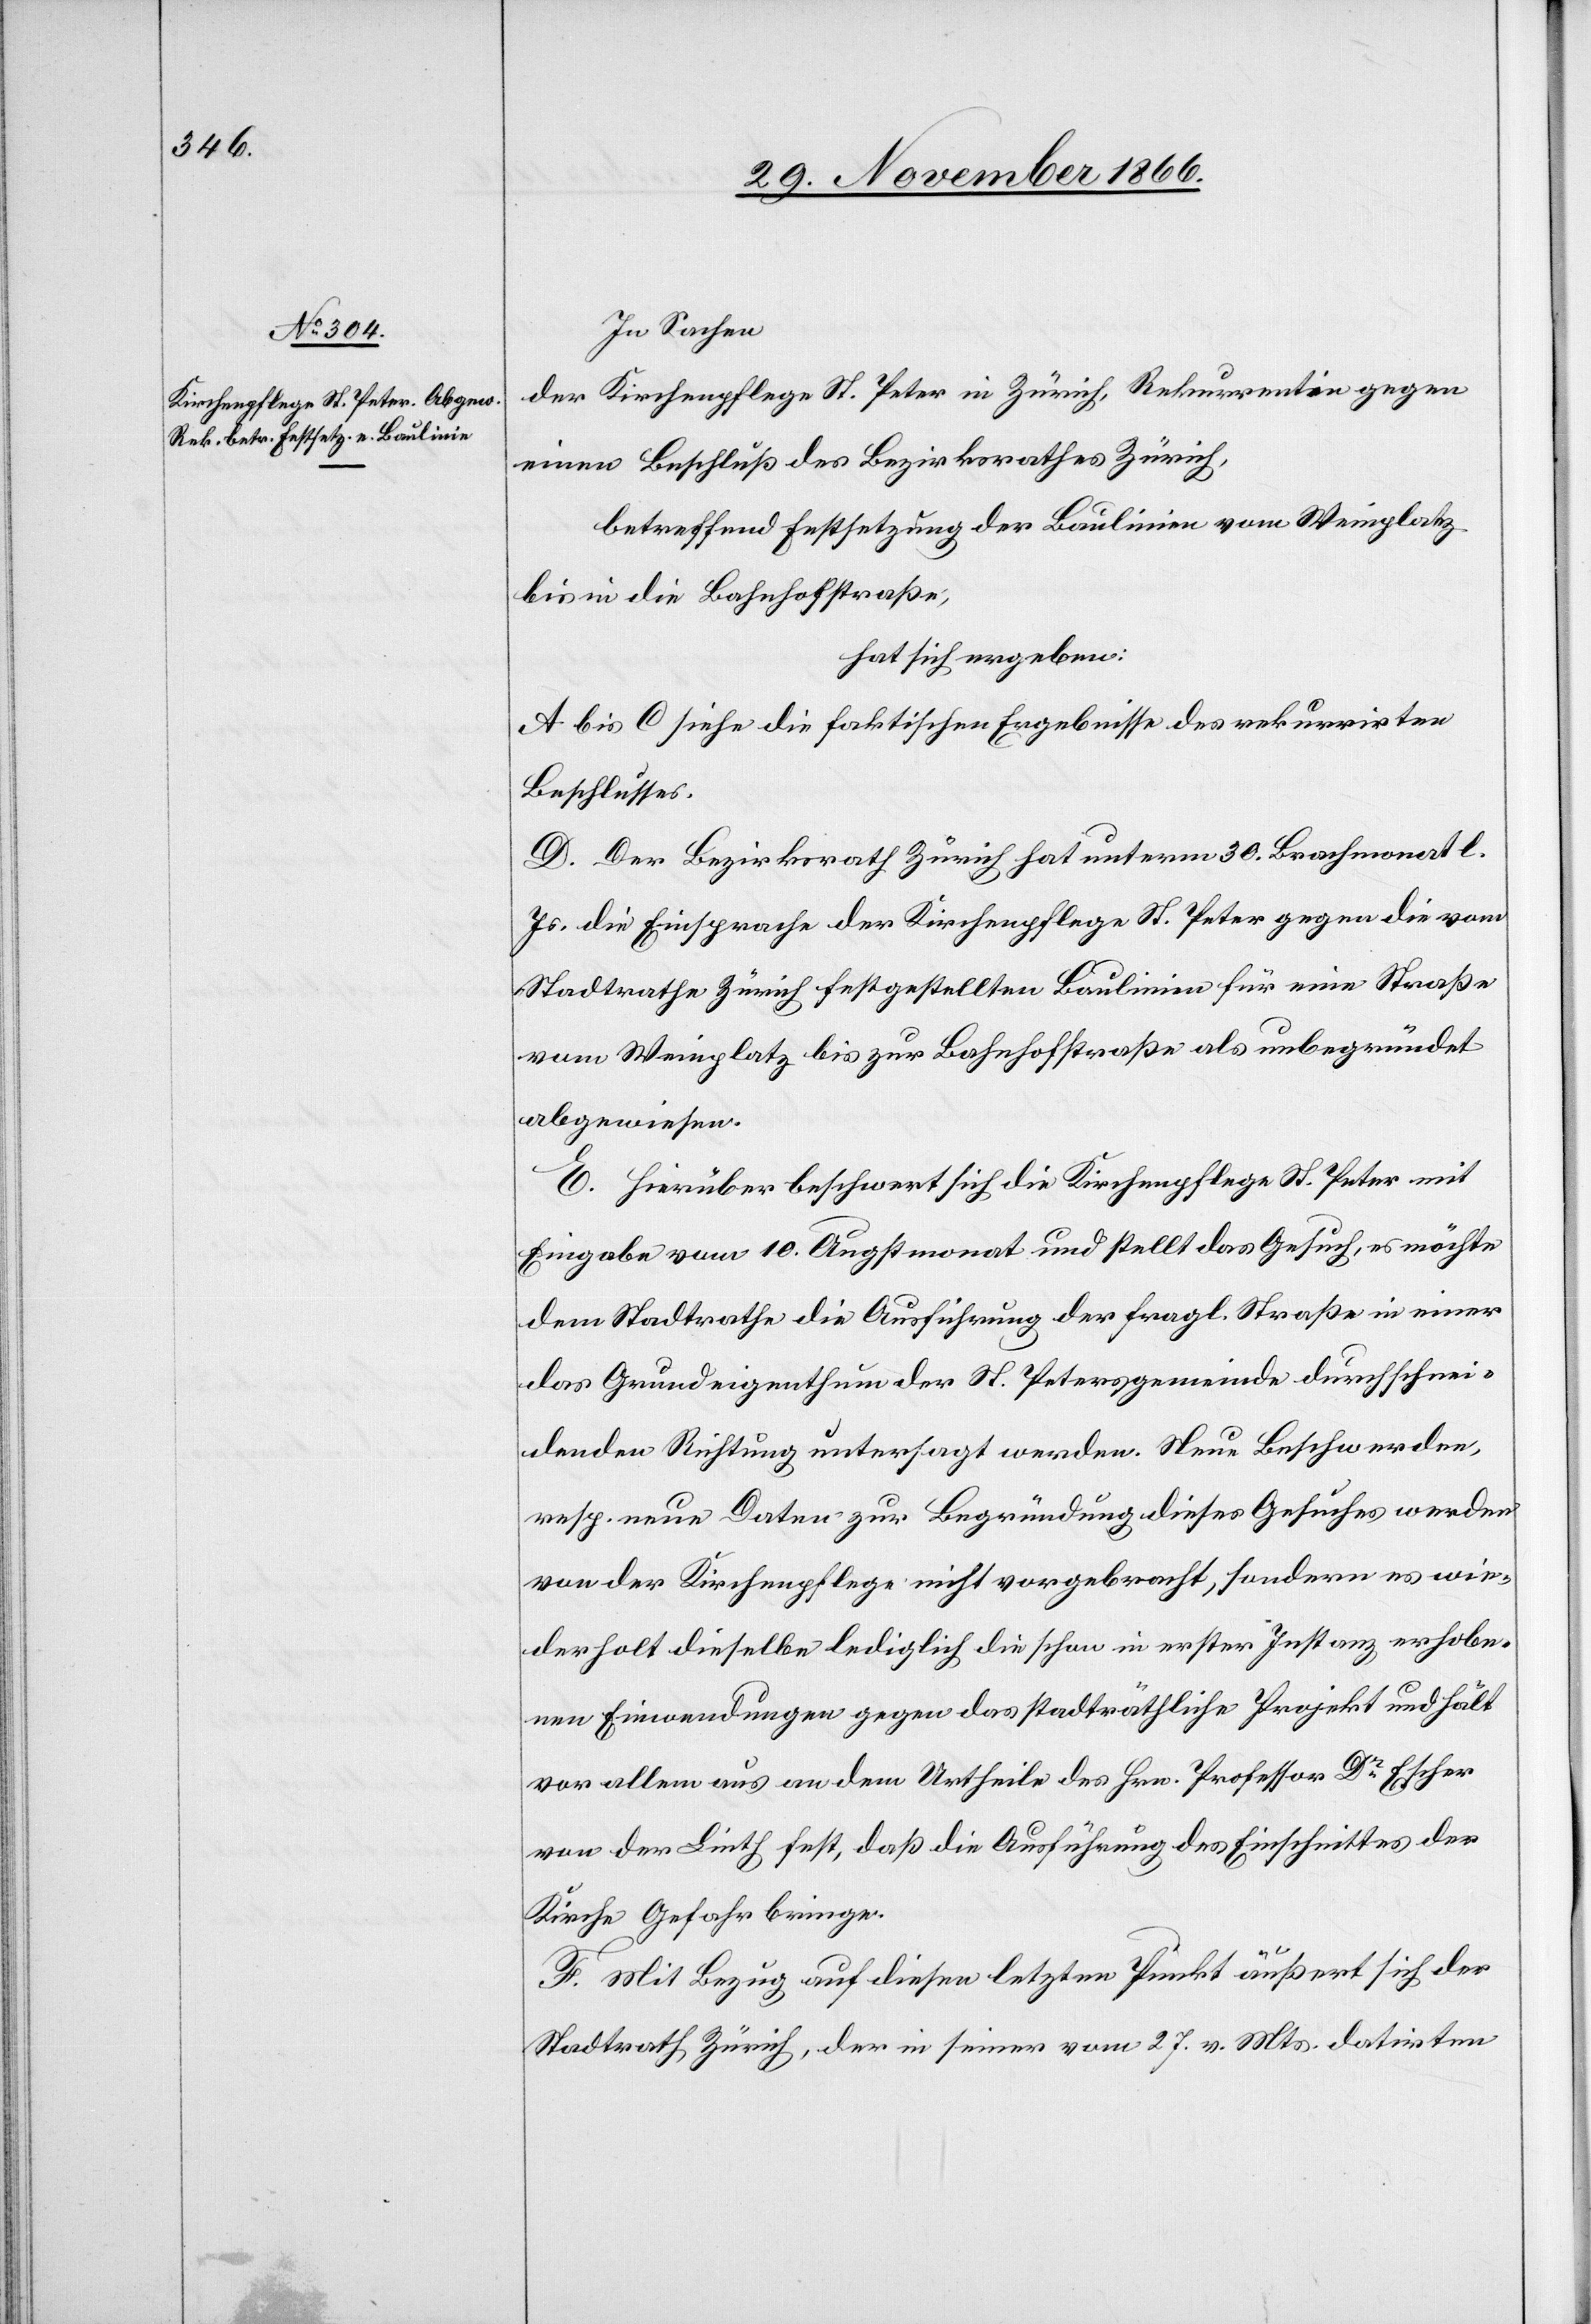
In Sachen
der Kirchenpflege St. Peter in Zürich, Rekurrentin gegen
einen Beschluß des Bezirksrathes Zürich,
betreffend Festsetzung der Baulinien vom Weinplatz
bis in die Bahnhofstraße,
hat sich ergeben:
A bis C siehe die faktischen Ergebnisse des rekurrirten
Beschlusses.
D. Der Bezirksrath Zürich hat unterm 30. Brachmonat l.
Js. die Einsprache der Kirchenpflege St. Peter gegen die vom
Stadtrathe Zürich festgestellten Baulinien für eine Straße
vom Weinplatz bis zur Bahnhofstraße als unbegründet
abgewiesen.
E. Hierüber beschwert sich die Kirchenpflege St. Peter mit
Eingabe vom 10. Augstmonat und stellt das Gesuch, es möchte
dem Stadtrathe die Ausführung der fragl. Straße in einer
das Grundeigenthum der St. Petersgemeinde durchschnei¬
denden Richtung untersagt werden. Neue Beschwerden,
resp. neue Daten zur Begründung dieses Gesuches werden
von der Kirchenpflege nicht vorgebracht, sondern es wie¬
derholt dieselbe lediglich die schon in erster Instanz erhobe¬
nen Einwendungen gegen das stadträthliche Projekt und hält
vor allem aus an dem Urtheile des Hrn. Professor Dr. Escher
von der Linth fest, daß die Ausführung des Einschnittes der
Kirche Gefahr bringe.
F. Mit Bezug auf diesen letzten Punkt äußert sich der
Stadtrath Zürich, der in seiner vom 27. v. Mts. datirten